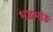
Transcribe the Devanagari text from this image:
भड़भांड़